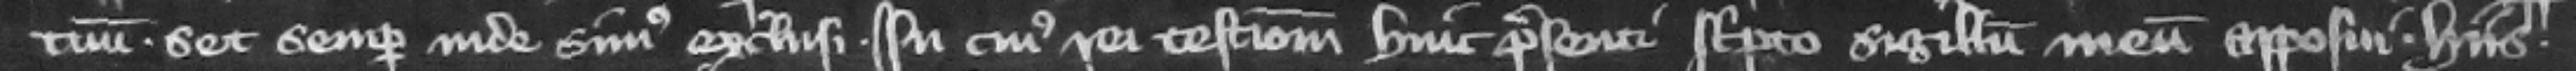
tuum. set semper inde simus exclusi. In cuius rei testimonium huic presenti scripto sigillum meum apposui. Hiis.